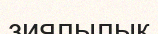
зиялылық